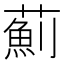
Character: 薊